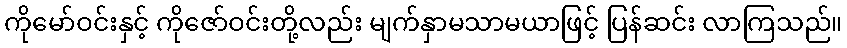
ကိုမော်ဝင်းနှင့် ကိုဇော်ဝင်းတို့လည်း မျက်နှာမသာမယာဖြင့် ပြန်ဆင်း လာကြသည်။